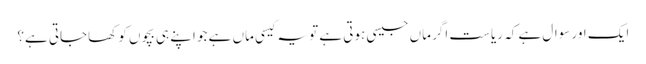
ایک اور سوال ہے کہ ریاست اگر ماں جیسی ہوتی ہے تو یہ کیسی ماں ہے جو اپنے ہی بچوں کو کھاجاتی ہے؟